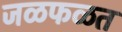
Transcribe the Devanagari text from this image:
जळफळत